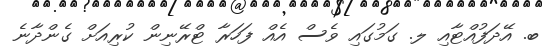
ބ. އޭދަފުއްޓާއި ލ. ގަމުގައި ވެސް އެއް ފަހަރާ ޓްރޭނިން ކުރިއަށް ގެންދާނެ